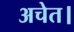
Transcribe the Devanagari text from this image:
अचेत।